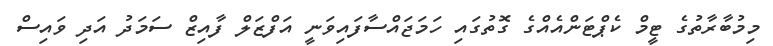
މިމުބާރާތުގެ ޓީމް ކެޕްޓަންއެއްގެ ގޮތުގައި ހަމަޖައްސާފައިވަނީ އަފްޒަލް ފާއިޒް ސަމަދު އަދި ވައިސް